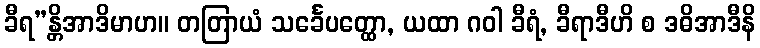
ခီရ”န္တိအာဒိမာဟ။ တတြာယံ သင်္ခေပတ္ထော, ယထာ ဂဝါ ခီရံ, ခီရာဒီဟိ စ ဒဓိအာဒီနိ